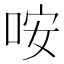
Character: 咹